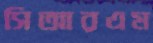
সিআরএম